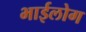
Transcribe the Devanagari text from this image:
भाईलोग